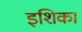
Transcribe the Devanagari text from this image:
इशिका